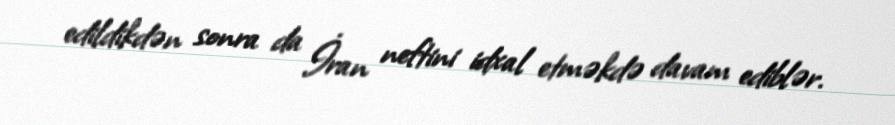
edildikdən sonra da İran neftini idxal etməkdə davam ediblər.